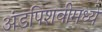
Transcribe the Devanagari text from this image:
अंडपिशवीमध्ये